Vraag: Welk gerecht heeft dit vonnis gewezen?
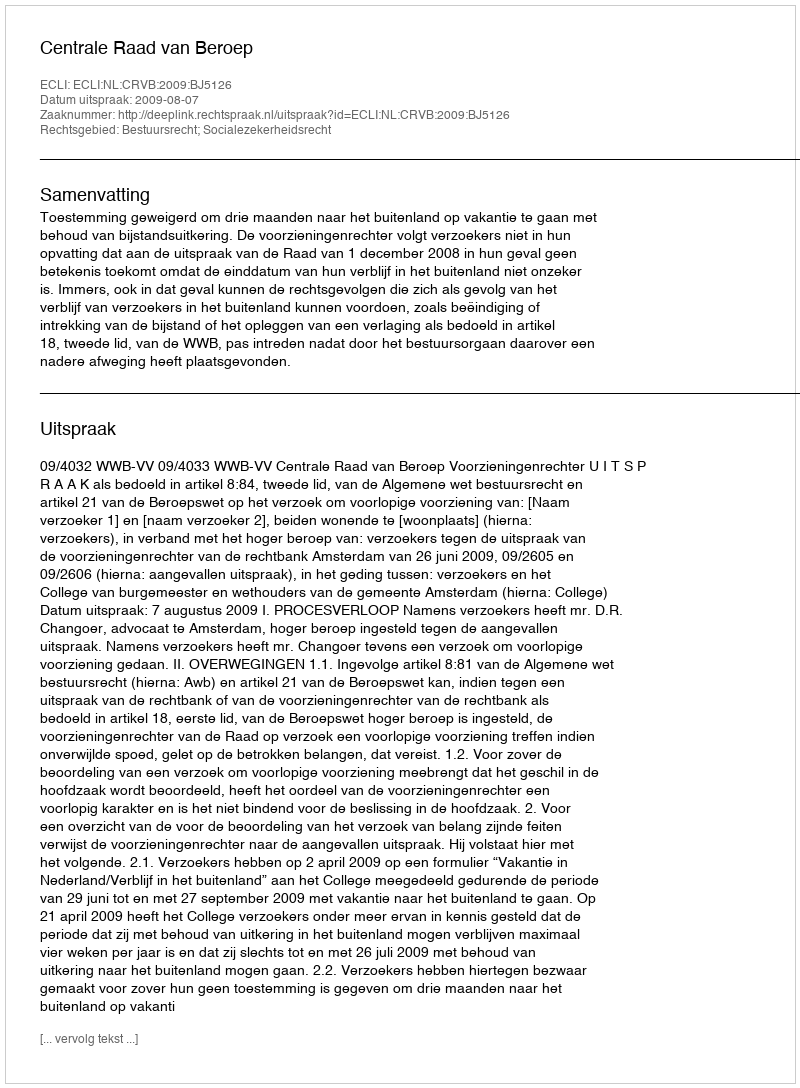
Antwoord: Centrale Raad van Beroep